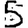
Digit: 5